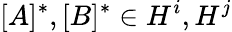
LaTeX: [A]^{*},[B]^{*}\in H^{i},H^{j}